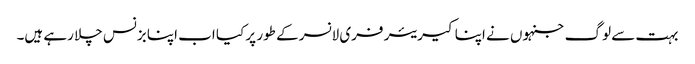
بہت سے لوگ جنہوں نے اپنا کیریئر فری لانسر کے طور پر کیا اب اپنا بزنس چلا رہے ہیں۔